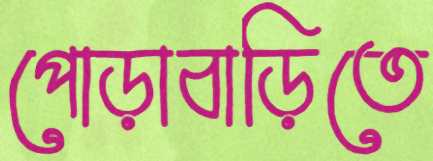
পোড়াবাড়িতে